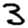
Digit: 3